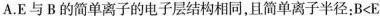
A.E与B的简单离子的电子层结构相同，且简单离子半径：B<E